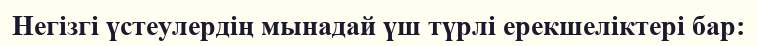
Негізгі үстеулердің мынадай үш түрлі ерекшеліктері бар: